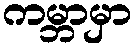
ကမ္ဘာမှာ